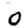
Digit: 0